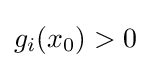
g_{i}(x_{0})>0